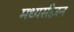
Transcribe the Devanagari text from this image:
मध्यसीज़न